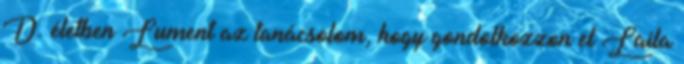
D. életben Lument az tanácsolom, hogy gondolkozzon el Laila